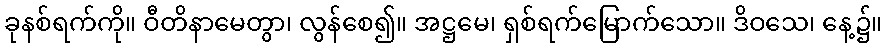
ခုနစ်ရက်ကို။ ဝီတိနာမေတွာ၊ လွန်စေ၍။ အဋ္ဌမေ၊ ရှစ်ရက်မြောက်သော။ ဒိဝသေ၊ နေ့၌။